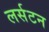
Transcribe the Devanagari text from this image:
लर्सटन